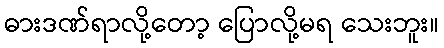
ဓားဒဏ်ရာလို့တော့ ပြောလို့မရ သေးဘူး။